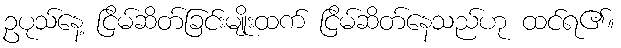
ဥပုသ်နေ့ ငြိမ်ဆိတ်ခြင်းမျိုးထက် ငြိမ်ဆိတ်နေသည်ဟု ထင်ရ၏။